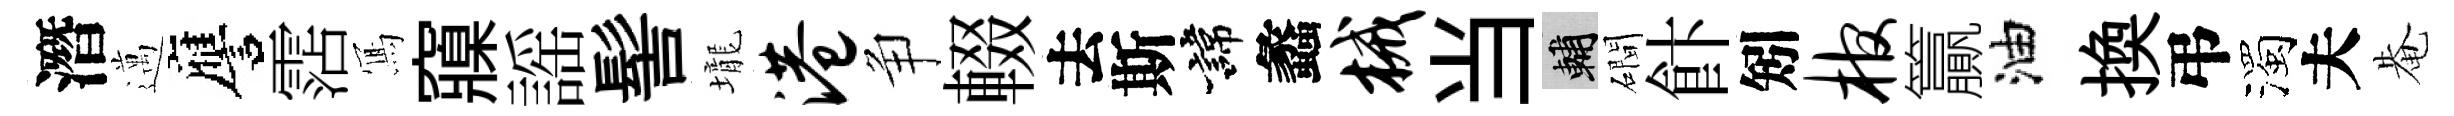
潛邁譍霑𭂁䆿謡髻壠港争輟去斯諱蠡械当輔磵飰矧棺籯油換弔濁夫𤲅